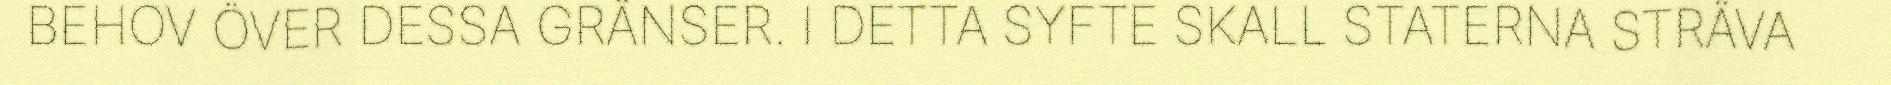
BEHOV ÖVER DESSA GRÄNSER. I DETTA SYFTE SKALL STATERNA STRÄVA